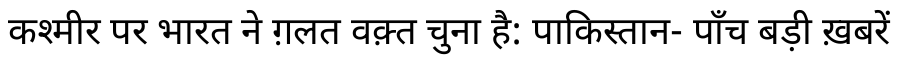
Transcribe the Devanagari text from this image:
कश्मीर पर भारत ने ग़लत वक़्त चुना है: पाकिस्तान- पाँच बड़ी ख़बरें